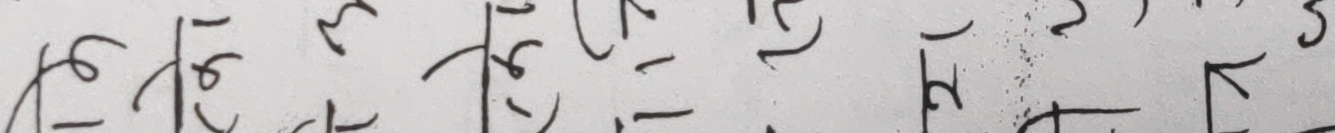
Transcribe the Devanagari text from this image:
पुहिभुइहोनिकुठोटोल३